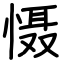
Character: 慑